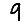
Digit: 9